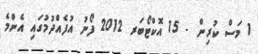
1 މަސް ކުރިން - 15 އޮކްޓޯބަރ 2012 ފޯނު އުފެއްދުމުގައި އެންމެ